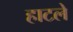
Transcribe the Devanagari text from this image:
हाटले